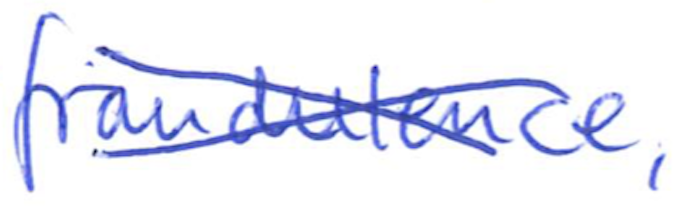
Text: fraudulence,
Cross-out: cross
Writing tool: ballpoint